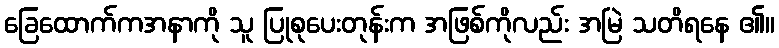
ခြေထောက်ကအနာကို သူ ပြုစုပေးတုန်းက အဖြစ်ကိုလည်း အမြဲ သတိရနေ ၏။